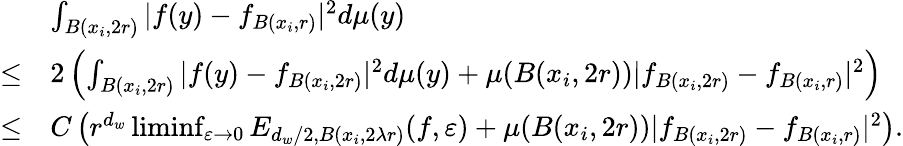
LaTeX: \begin{array}{rl}&{\int_{B(x_{i},2r)}|f(y)-f_{B(x_{i},r)}|^{2}d\mu(y)}\\ {\le}&{2\left(\int_{B(x_{i},2r)}|f(y)-f_{B(x_{i},2r)}|^{2}d\mu(y)+\mu(B(x_{i},2r))|f_{B(x_{i},2r)}-f_{B(x_{i},r)}|^{2}\right)}\\ {\le}&{C\left(r^{d_{w}}\operatorname*{liminf}_{\varepsilon\to 0}E_{d_{w}/2,B(x_{i},2\lambda r)}(f,\varepsilon)+\mu(B(x_{i},2r))|f_{B(x_{i},2r)}-f_{B(x_{i},r)}|^{2}\right).}\end{array}